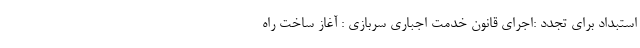
استبداد برای تجدد :اجرای قانون خدمت اجباری سربازی : آغاز ساخت راه